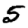
Digit: 5